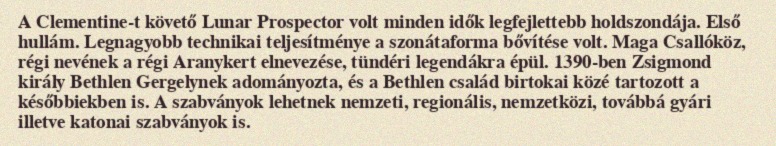
A Clementine-t követő Lunar Prospector volt minden idők legfejlettebb holdszondája. Első hullám. Legnagyobb technikai teljesítménye a szonátaforma bővítése volt. Maga Csallóköz, régi nevének a régi Aranykert elnevezése, tündéri legendákra épül. 1390-ben Zsigmond király Bethlen Gergelynek adományozta, és a Bethlen család birtokai közé tartozott a későbbiekben is. A szabványok lehetnek nemzeti, regionális, nemzetközi, továbbá gyári illetve katonai szabványok is.